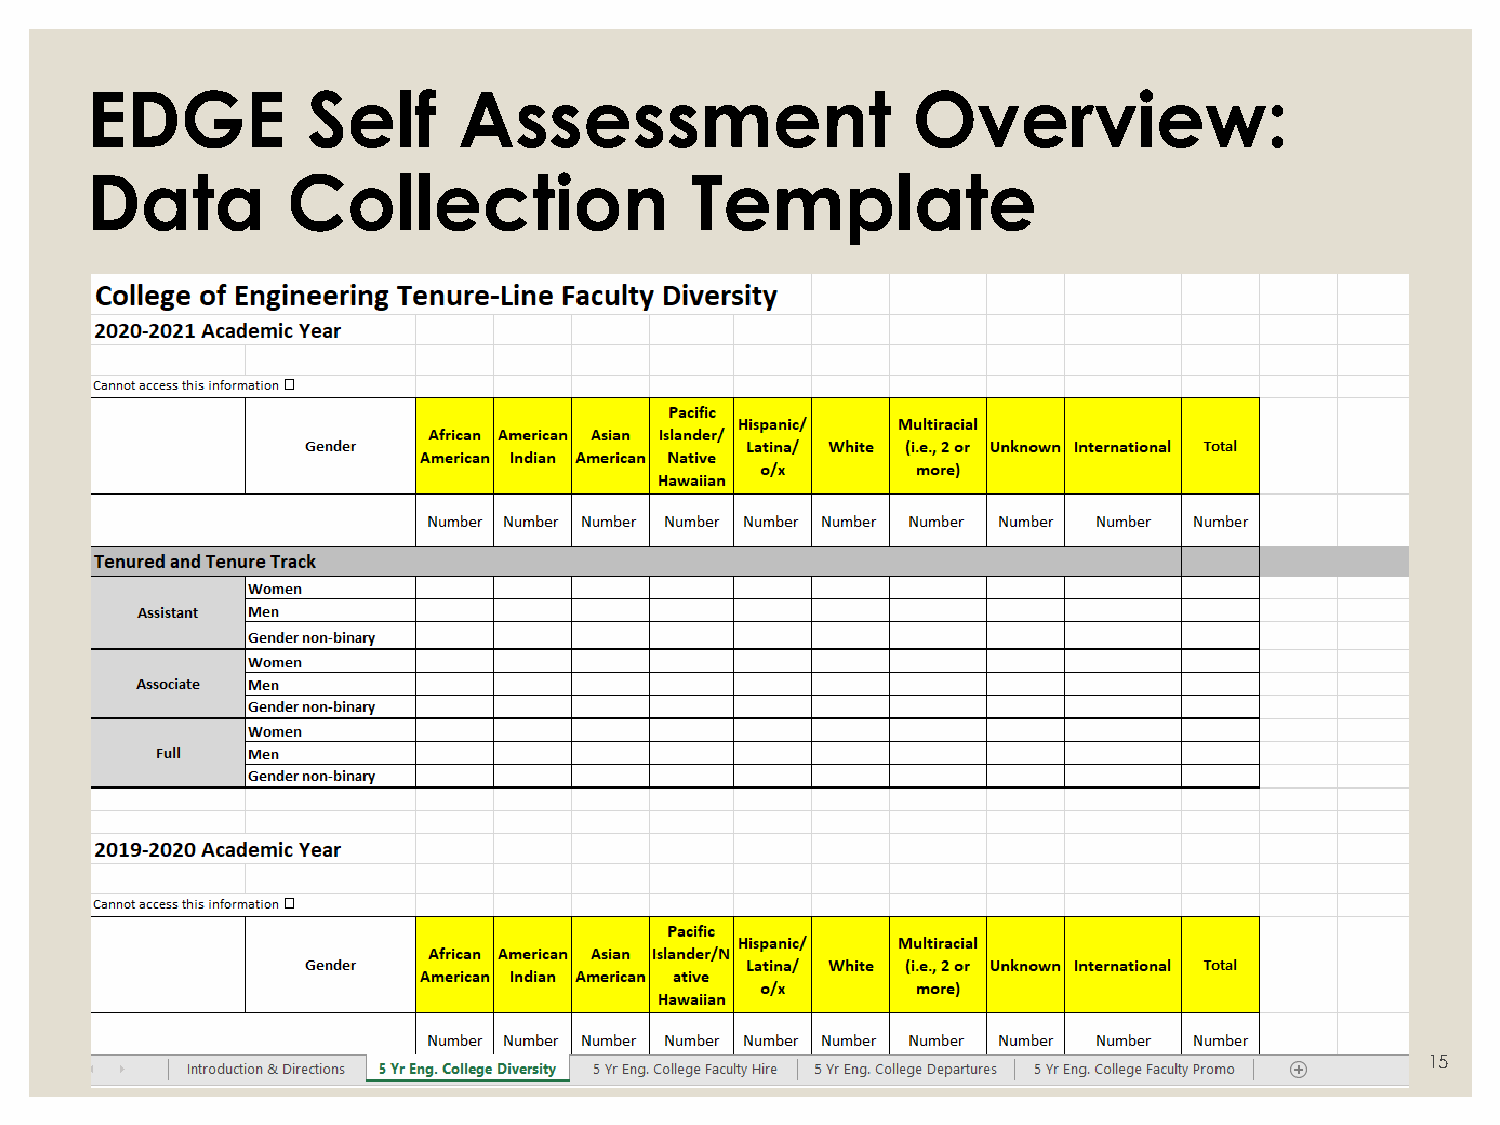
EDGE          Self      Assessment                    Overview:
 Data         Collection                 Template
 15